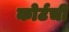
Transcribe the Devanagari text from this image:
कोर्टची